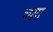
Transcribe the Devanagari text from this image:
चरग